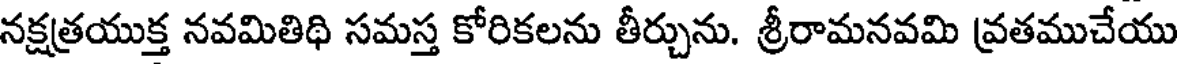
నక్షత్రయుక్త నవమితిథి సమస్త కోరికలను తీర్చును. శ్రీరామనవమి వ్రతముచేయు